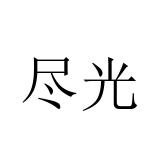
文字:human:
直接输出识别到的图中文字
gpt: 尽光